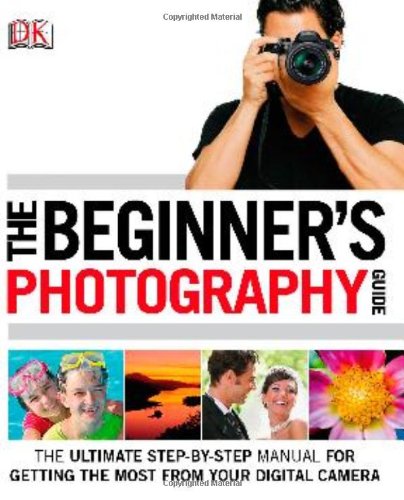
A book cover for The Beginner's Photography Guide; Chris Gatcum; Arts & Photography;